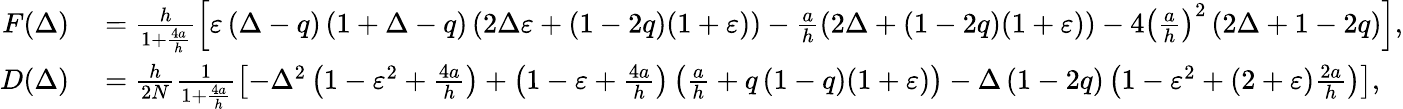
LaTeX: \begin{array}{rl}{F(\Delta)}&{{}=\frac{h}{1+\frac{4a}{h}}\left[\varepsilon\left(\Delta-q\right)\left(1+\Delta-q\right)\left(2\Delta\varepsilon+\left(1-2q\right)(1+\varepsilon)\right)-\frac{a}{h}\left(2\Delta+\left(1-2q\right)(1+\varepsilon)\right)-4\left(\frac{a}{h}\right)^{2}\left(2\Delta+1-2q\right)\right],}\\ {D(\Delta)}&{{}=\frac{h}{2N}\frac{1}{1+\frac{4a}{h}}\left[-\Delta^{2}\left(1-\varepsilon^{2}+\frac{4a}{h}\right)+\left(1-\varepsilon+\frac{4a}{h}\right)\left(\frac{a}{h}+q\thinspace(1-q)(1+\varepsilon)\right)-\Delta\left(1-2q\right)\left(1-\varepsilon^{2}+(2+\varepsilon)\frac{2a}{h}\right)\right],}\end{array}